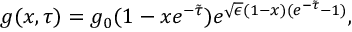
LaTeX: g ( x , \tau ) = g _ { 0 } ( 1 - x e ^ { - \tilde { \tau } } ) e ^ { \sqrt { \epsilon } ( 1 - x ) ( e ^ { - \tilde { \tau } } - 1 ) } ,